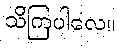
သိကြပါလေ။